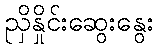
ညှိနှိုင်းဆွေးနွေး